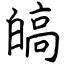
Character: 皜